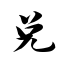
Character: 兑